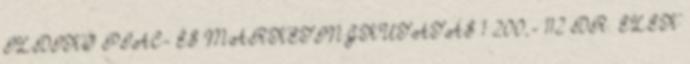
ILDIKÓ PIAC- ÉS MARKETINGKUTATÁS 1 200,- 112 DR. ELEK